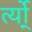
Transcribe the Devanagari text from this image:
र्त्यो्